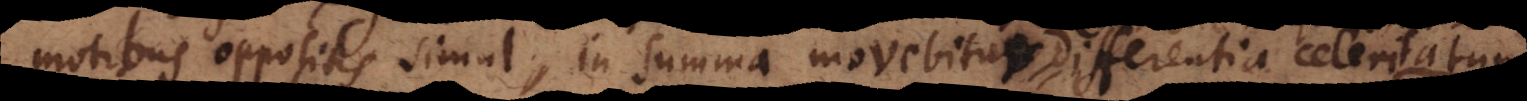
motibus oppositis simul, in summa movebitur differentia celeritatu